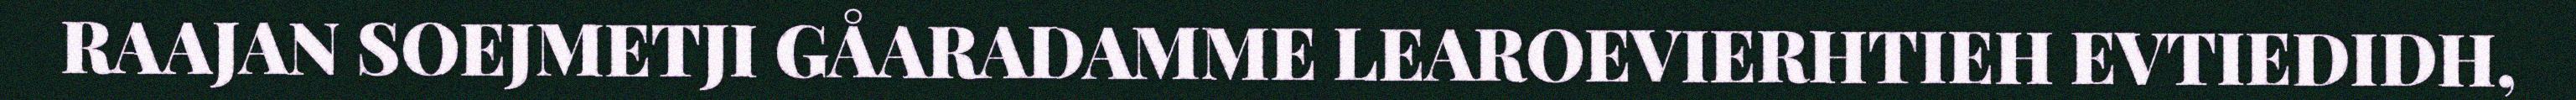
RAAJAN SOEJMETJI GÅARADAMME LEAROEVIERHTIEH EVTIEDIDH,